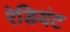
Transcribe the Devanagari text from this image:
रेडियंट